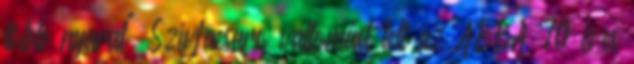
több nyarat" Szívfacsaró vallomást tett az ABBA 70 éves